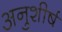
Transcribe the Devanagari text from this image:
अनुशीर्ष